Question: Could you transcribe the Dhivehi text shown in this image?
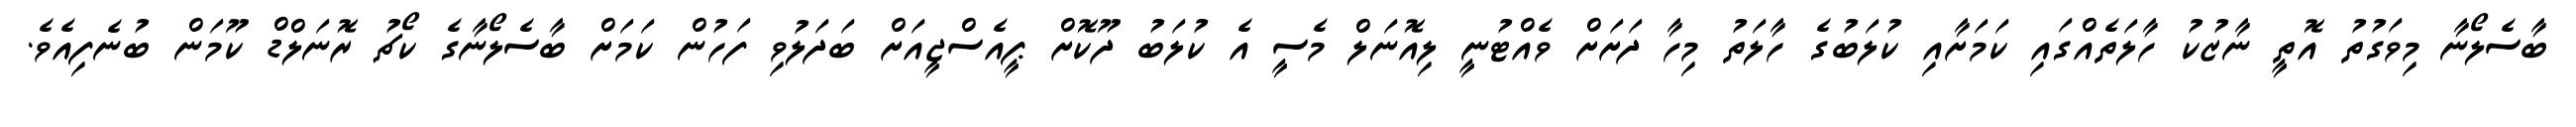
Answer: ބާސެލޯނާ މިވަގުތު އޮތީ ނާޒުކު ހާލަތެއްގައި ކަމަށާއި ކުލަބުގެ ހާލަތު މިހާ ދަށަށް ވެއްޓުނީ ލިއޮނަލް މެސީ އެ ކުލަބު ދޫކޮށް ޕީއެސްޖީއަށް ބަދަލުވި ފަހުން ކަމަށް ބާސެލޯނާގެ ކޯޗު ރޮނަލްޑް ކޫމަން ބުނެފިއެވެ.